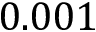
0 . 0 0 1